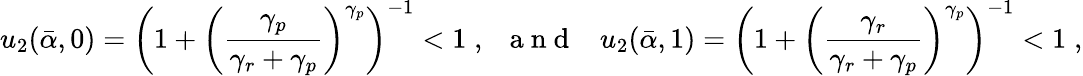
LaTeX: u_{2}(\bar{\alpha},0)=\left(1+\left(\frac{\gamma_{p}}{\gamma_{r}+\gamma_{p}}\right)^{\gamma_{p}}\right)^{-1}<1\; ,\; \; {\mathrm{~a~n~d~}}\; \; \; u_{2}(\bar{\alpha},1)=\left(1+\left(\frac{\gamma_{r}}{\gamma_{r}+\gamma_{p}}\right)^{\gamma_{p}}\right)^{-1}<1\; ,